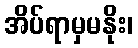
အိပ်ရာမှမနိုး၊